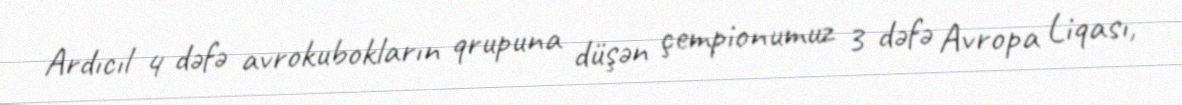
Ardıcıl 4 dəfə avrokubokların qrupuna düşən çempionumuz 3 dəfə Avropa Liqası,